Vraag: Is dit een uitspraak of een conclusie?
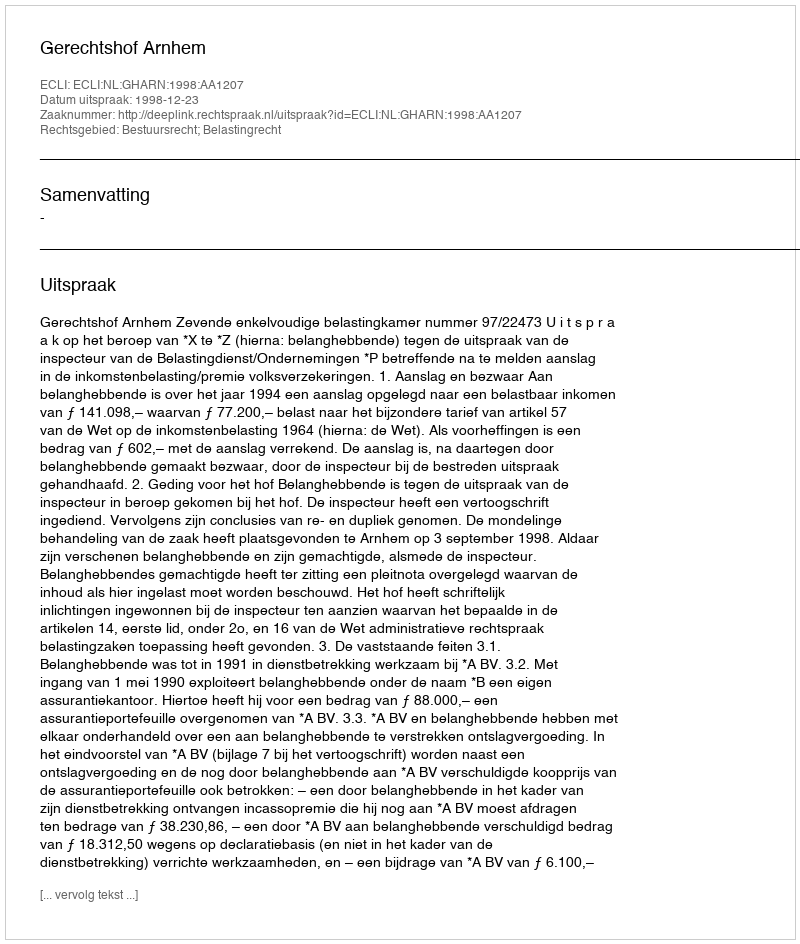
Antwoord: Uitspraak